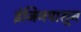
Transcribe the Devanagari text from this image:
इंजिनपासून